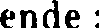
ende :